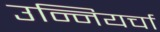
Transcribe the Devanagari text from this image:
उन्नियर्चा